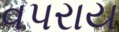
વપરાય